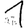
Digit: 1